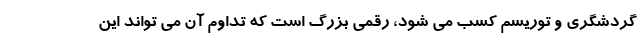
گردشگری و توریسم کسب می شود، رقمی بزرگ است که تداوم آن می تواند این